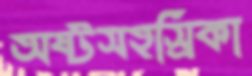
অষ্টসহস্রিকা